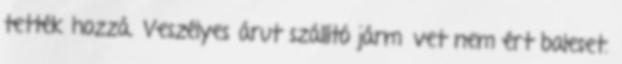
tették hozzá. Veszélyes árut szállító járművet nem ért baleset.